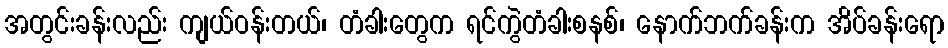
အတွင်းခန်းလည်း ကျယ်ဝန်းတယ်၊ တံခါးတွေက ရင်ကွဲတံခါးစနစ်၊ နောက်ဘက်ခန်းက အိပ်ခန်းရော